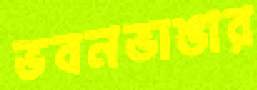
ভবনভাঙার